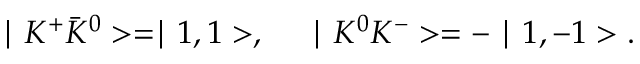
\mid K ^ { + } \bar { K } ^ { 0 } > = \mid 1 , 1 > , ~ ~ ~ ~ \mid K ^ { 0 } K ^ { - } > = - \mid 1 , - 1 > .